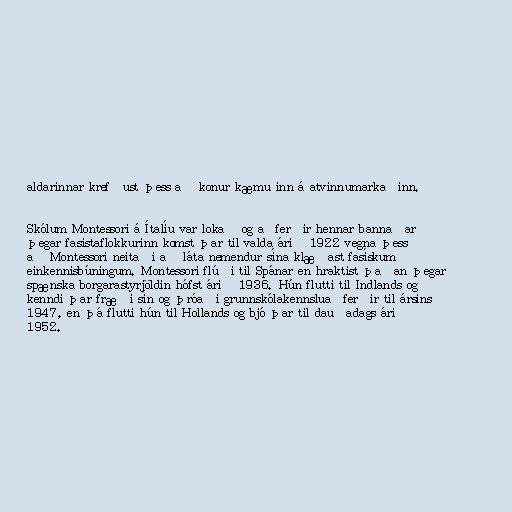
aldarinnar krefðust þess að konur kæmu inn á atvinnumarkaðinn.

Skólum Montessori á Ítalíu var lokað og aðferðir hennar bannaðar
þegar fasistaflokkurinn komst þar til valda árið 1922 vegna þess
að Montessori neitaði að láta nemendur sína klæðast fasískum
einkennisbúningum. Montessori flúði til Spánar en hraktist þaðan þegar
spænska borgarastyrjöldin hófst árið 1936. Hún flutti til Indlands og
kenndi þar fræði sín og þróaði grunnskólakennsluaðferðir til ársins
1947, en þá flutti hún til Hollands og bjó þar til dauðadags árið
1952.